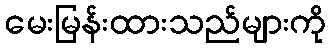
မေးမြန်းထားသည်များကို